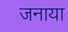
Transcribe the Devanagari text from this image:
जनाया